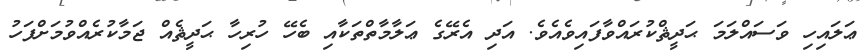
ޢަލައިހި ވަސައްލަމަ ޙަދީޘްކުރައްވާފައިވެއެވެ. އަދި އެރޭގެ ޢަލާމާތްތަކާއި ބެހޭ ހުރިހާ ޙަދީޘެއް ޖަމާކުރެއްވުމަށްފަހު